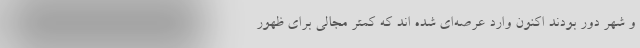
و شهر دور بودند اکنون وارد عرصه‌ای شده اند که کمتر مجالی برای ظهور